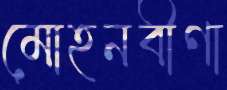
মোহনবীণা